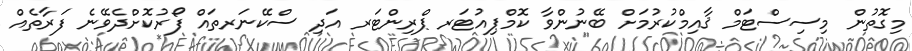
މިގޮތުން މިސިސްޓަމް ޤާއިމްކުރުމަށް ބޭނުންވާ ކޮމްޕިއުޓަރ ޕްރިންޓަރ އަދި ސްކޭނަރތައް ފޯރުކޮށްދެވޭނެ ފަރާތެއް